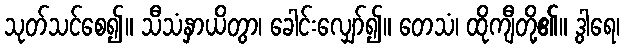
သုတ်သင်စေ၍။ သီသံနှာယိတွာ၊ ခေါင်းလျှော်၍။ တေသံ၊ ထိုကျီတို့၏။ ဒွါရေ၊